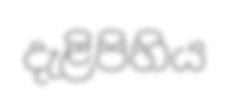
දැළිපිහිය